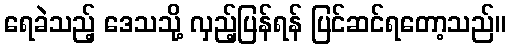
ရေခဲသည့် ဒေသသို့ လှည့်ပြန်ရန် ပြင်ဆင်ရတော့သည်။